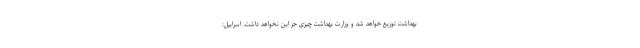
بهداشت توزیع خواهد شد و وزارت بهداشت چیزی جز این نخواهد داشت. اسراییل: